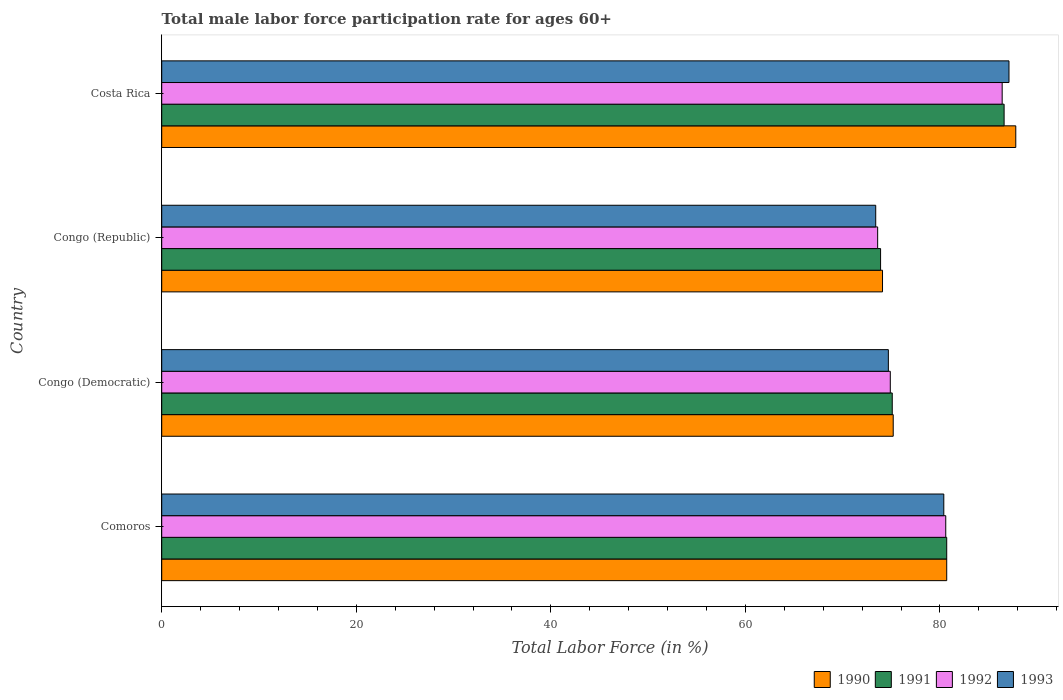
| Country | 1990 | 1991 | 1992 | 1993 |
 | --- | --- | --- | --- | --- |
 | Comoros | 80.7 | 80.7 | 80.6 | 80.4 |
 | Congo (Democratic) | 75.2 | 75.1 | 74.9 | 74.7 |
 | Congo (Republic) | 74.1 | 73.9 | 73.6 | 73.4 |
 | Costa Rica | 87.8 | 86.6 | 86.4 | 87.1 |